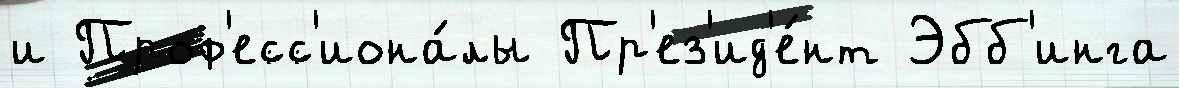
и Проф'есс'иона́лы Пр'ез'ид'е́нт Эбб'инга